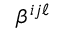
\beta ^ { i j \ell }